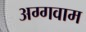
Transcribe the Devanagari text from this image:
अग्गवाम